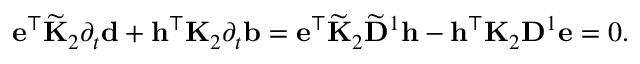
\begin{array} { r } { \mathbf { e } ^ { \top } \widetilde { \mathbf { K } } _ { 2 } \partial _ { t } \mathbf { d } + \mathbf { h } ^ { \top } \mathbf { K } _ { 2 } \partial _ { t } \mathbf { b } = \mathbf { e } ^ { \top } \widetilde { \mathbf { K } } _ { 2 } \widetilde { \mathbf { D } } ^ { 1 } \mathbf { h } - \mathbf { h } ^ { \top } \mathbf { K } _ { 2 } \mathbf { D } ^ { 1 } \mathbf { e } = 0 . } \end{array}